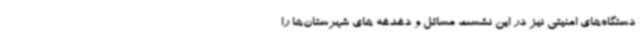
دستگاه‌های امنیتی نیز در این نشست مسائل و دغدغه های شهرستان‌ها را